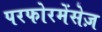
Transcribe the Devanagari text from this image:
परफोरमेंसेज़